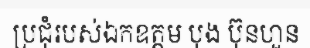
ប្រជុំរបស់ឯកឧត្តម បុង ប៊ុនហួន